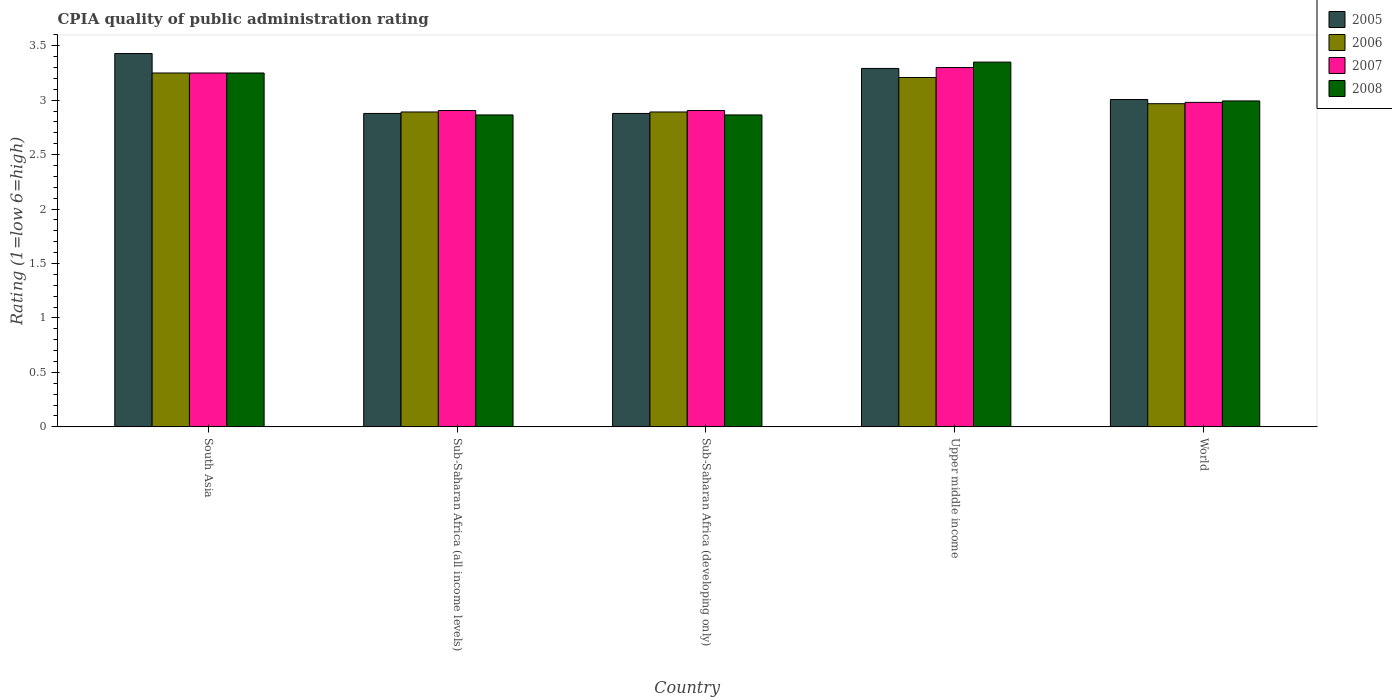
| Country | 2005 | 2006 | 2007 | 2008 |
 | --- | --- | --- | --- | --- |
 | South Asia | 3.43 | 3.25 | 3.25 | 3.25 |
 | Sub-Saharan Africa (all income levels) | 2.88 | 2.89 | 2.91 | 2.86 |
 | Sub-Saharan Africa (developing only) | 2.88 | 2.89 | 2.91 | 2.86 |
 | Upper middle income | 3.29 | 3.21 | 3.3 | 3.35 |
 | World | 3.01 | 2.97 | 2.98 | 2.99 |